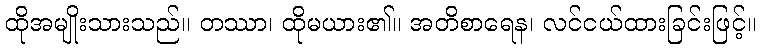
ထိုအမျိုးသားသည်။ တဿာ၊ ထိုမယား၏။ အတိစာရေန၊ လင်ငယ်ထားခြင်းဖြင့်။